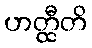
ဟတ္ထီတိ